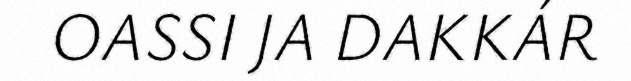
OASSI JA DAKKÁR